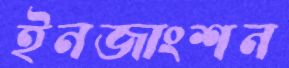
ইনজাংশন